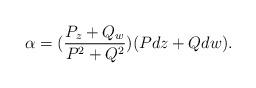
LaTeX: \begin{align*} \alpha=(\frac{P_z+Q_w}{P^2+Q^2})(Pdz+Qdw).\end{align*}